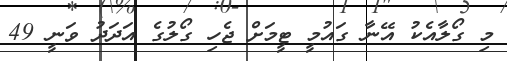
މި ގޯލާއެކު އޭނާ ގައުމީ ޓީމަށް ޖެހި ގޯލުގެ އަދަދު ވަނީ 49